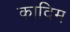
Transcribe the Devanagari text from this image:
कादिम